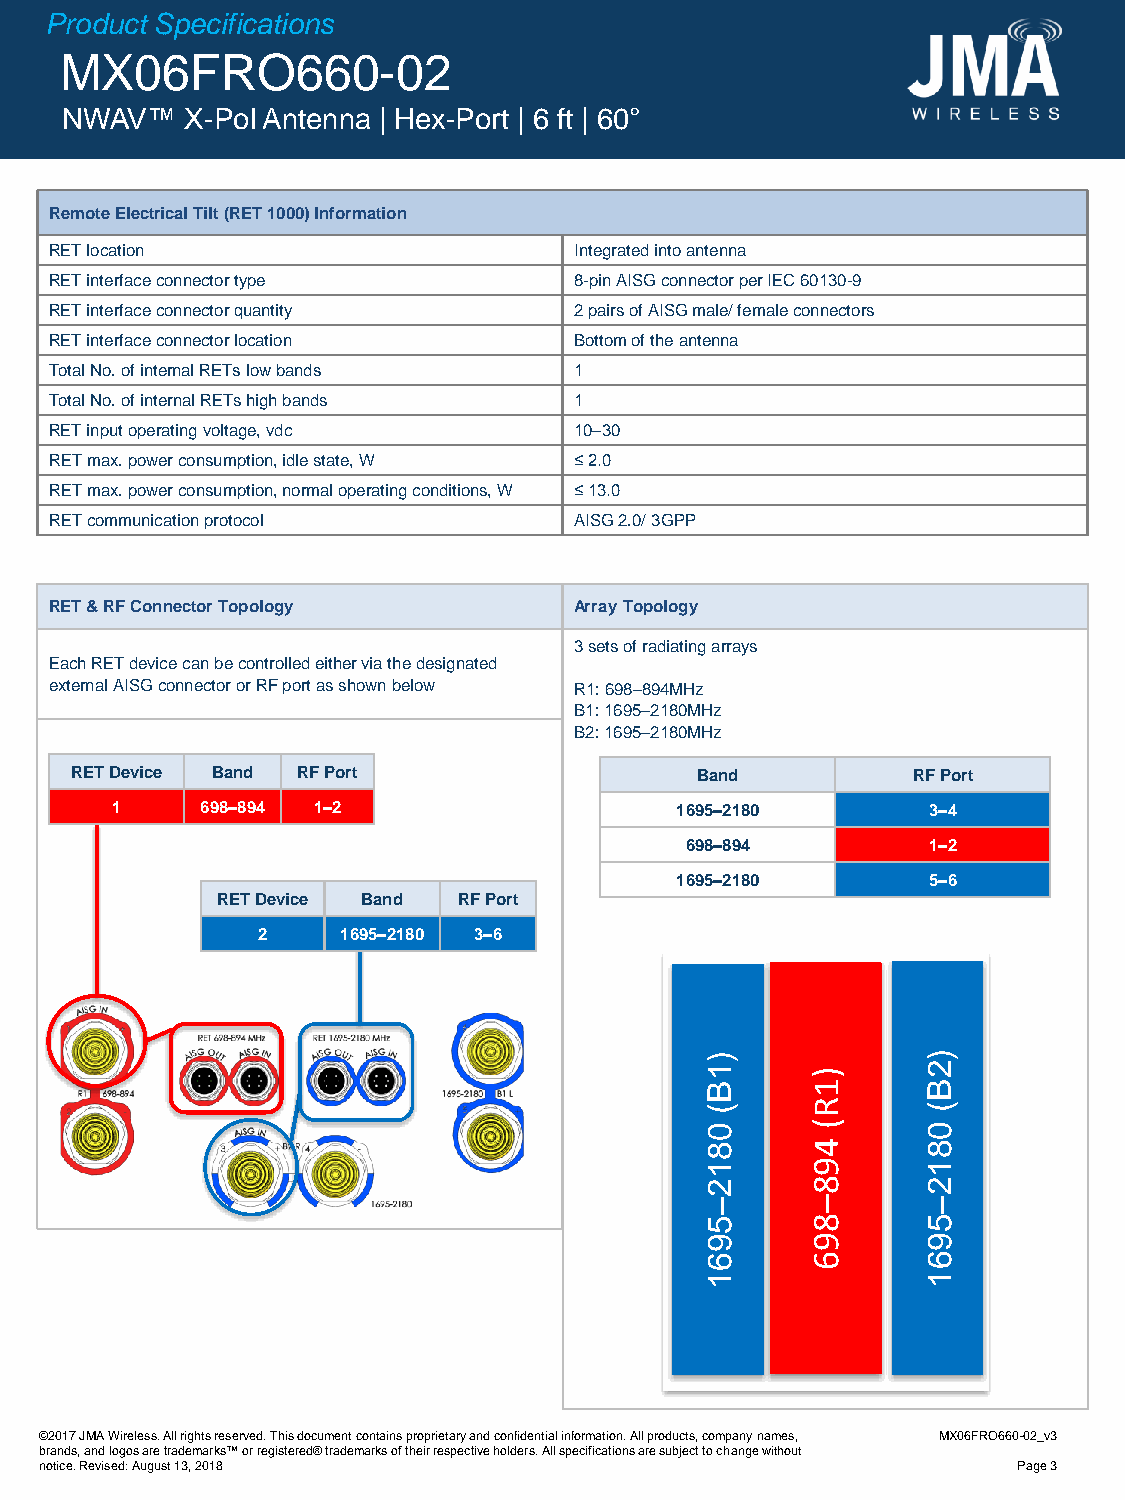
Product Specifications
 MX06FRO660-02
 NWAV™   X-Pol Antenna | Hex-Port | 6 ft | 60°
 Remote Electrical Tilt (RET 1000) Information
 RET location                       Integratedinto antenna
 RET interface connector type       8-pin AISG connector per IEC 60130-9
 RET interface connector quantity   2 pairs of AISG male/ female connectors
 RET interface connector location   Bottom of the antenna
 Total No. of internal RETs low bands 1
 Total No. of internal RETs high bands 1
 RET input operating voltage, vdc   10–30
 RET max. power consumption, idle state, W ≤ 2.0
 RET max. power consumption, normal operating conditions, W ≤ 13.0
 RET communication protocol         AISG 2.0/ 3GPP
 RET & RF Connector Topology        Array Topology
 3 sets of radiating arrays
 Each RET device can be controlled either via the designated
 external AISG connector or RF port as shown below R1:698–894MHz
 B1:1695–2180MHz
 B2:1695–2180MHz
 RET Device Band RF Port                  Band          RFPort
 1     698–894 1–2                     1695–2180        3–4
 698–894          1–2
 1695–2180        5–6
 RET Device Band RF Port
 2     1695–2180 3–6
 )             )
 1      )      2
 B      1      B
 (      R      (
 0      (      0
 8      4      8
 1      9      1
 2      8      2
 –      –      –
 5      8      5
 9      9      9
 6      6      6
 1             1
 ©2017JMA Wireless. All rights reserved. This document contains proprietary and confidential information. All products, company names, MX06FRO660-02_v3
 brands, and logos are trademarks™ or registered® trademarks of their respective holders. All specifications are subject to change without
 notice. Revised: August 13, 2018                                Page 3